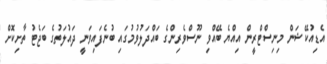
އެޑިއުކޭޝަން މިނިސްޓްރީން އިއްޔެ ބޭއްވި ނޫސްވެރިންގެ ބައްދަލުވުމުގައި ބުނެފައިވަނީ ދައުލަތުގެ ބަޖެޓު ތާށިކޮށް